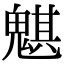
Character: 魌